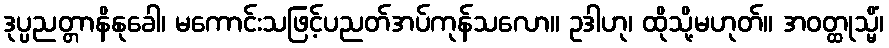
ဒုပ္ပညတ္တာနိနုခေါ၊ မကောင်းသဖြင့်ပညတ်အပ်ကုန်သလော။ ဥဒါဟု၊ ထိုသို့မဟုတ်။ အဝတ္ထုသ္မိံ၊